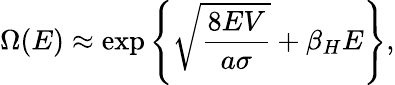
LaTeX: \Omega(E)\approx\exp{\left\{ \sqrt{\frac{8EV}{a\sigma}}+\beta_{H}E\right\} },